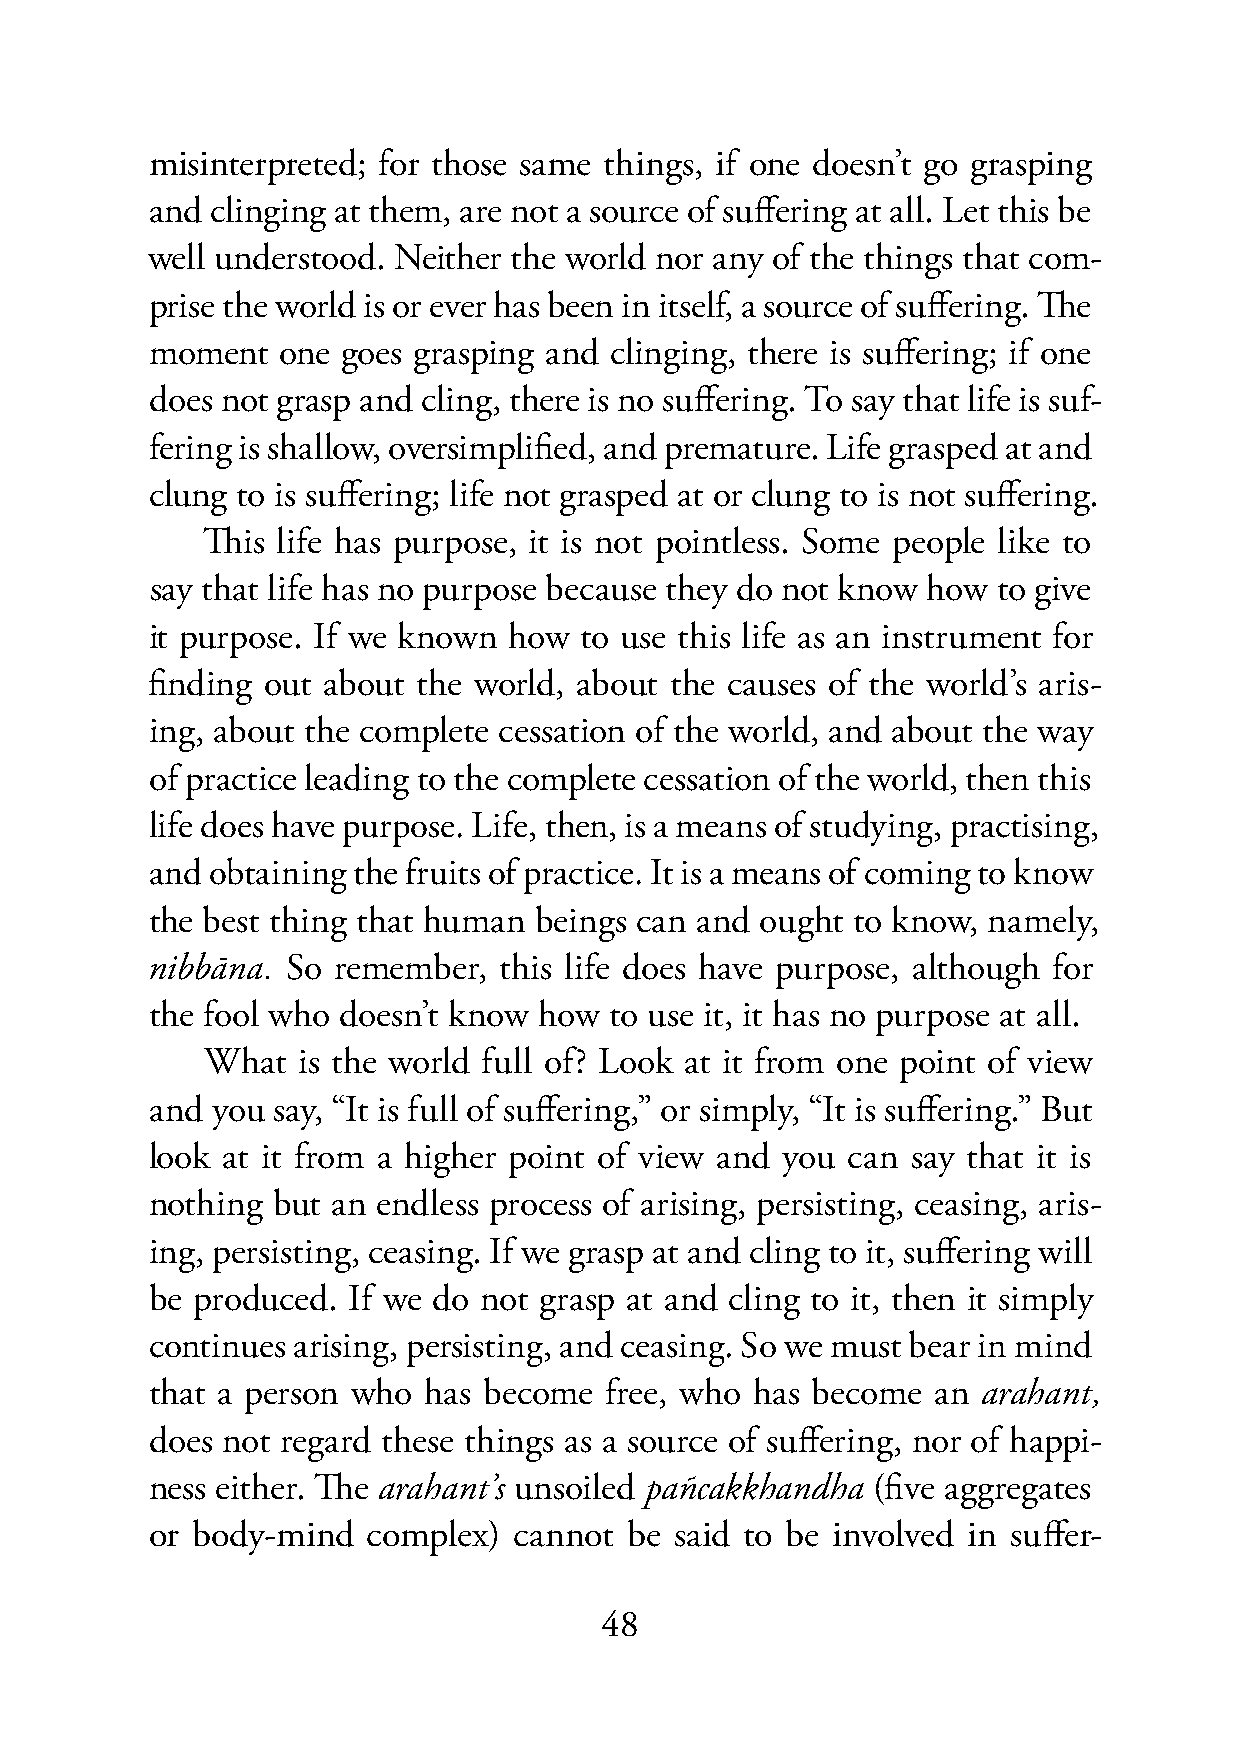
misinterpreted; for those same things, if one doesn’t go grasping
 and clinging at them, are not a source of suffering at all. Let this be
 well understood. Neither the world nor any of the things that com-
 prise the world is or ever has been in itself, a source of suffering. The
 moment  one  goes grasping and clinging, there is suffering; if one
 does not grasp and cling, there is no suffering. To say that life is suf-
 fering is shallow, oversimplified, and premature. Life grasped at and
 clung to is suffering; life not grasped at or clung to is not suffering.
 This life has purpose, it is not pointless. Some people like to
 say that life has no purpose because they do not know how to give
 it purpose. If we known how to use this life as an instrument for
 finding out about the world, about the causes of the world’s aris-
 ing, about the complete cessation of the world, and about the way
 of practice leading to the complete cessation of the world, then this
 life does have purpose. Life, then, is a means of studying, practising,
 and obtaining the fruits of practice. It is a means of coming to know
 the best thing that human beings can and ought to know, namely,
 nibbāna. So remember,  this life does have purpose, although for
 the fool who doesn’t know how to use it, it has no purpose at all.
 What   is the world full of? Look at it from one point of view
 and you say, “It is full of suffering,” or simply, “It is suffering.” But
 look at it from a higher point of view and you can say that it is
 nothing but an endless process of arising, persisting, ceasing, aris-
 ing, persisting, ceasing. If we grasp at and cling to it, suffering will
 be produced. If we do not grasp at and cling to it, then it simply
 continues arising, persisting, and ceasing. So we must bear in mind
 that a person who has become  free, who has become  an arahant,
 does not regard these things as a source of suffering, nor of happi-
 ness either. The arahant’s unsoiled pañcakkhandha (five aggregates
 or body-mind  complex)  cannot be  said to be involved in suffer-
 48